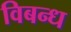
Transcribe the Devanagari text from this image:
विबन्ध